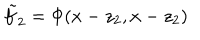
\tilde { f } _ { 2 } = \Phi ( x - z _ { 2 } , x - z _ { 2 } )